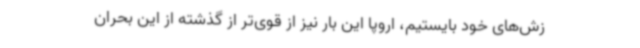
زش‌های خود بایستیم، اروپا این بار نیز از قوی‌تر از گذشته از این بحران